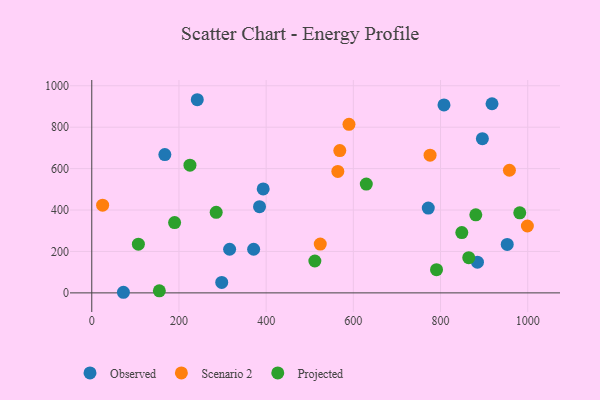
{"axis": {"x": "Engine Size", "y": "Yield"}, "legend": ["Observed", "Projected", "Scenario 2"], "data": [{"x": "316.2", "y": 210.7, "type": "Observed"}, {"x": "242.0", "y": 932.6, "type": "Observed"}, {"x": "771.9", "y": 409.3, "type": "Observed"}, {"x": "918.1", "y": 913.2, "type": "Observed"}, {"x": "298.1", "y": 50.7, "type": "Observed"}, {"x": "953.0", "y": 233.8, "type": "Observed"}, {"x": "384.8", "y": 416.1, "type": "Observed"}, {"x": "167.6", "y": 667.9, "type": "Observed"}, {"x": "807.9", "y": 907.5, "type": "Observed"}, {"x": "896.0", "y": 744.5, "type": "Observed"}, {"x": "371.3", "y": 210.6, "type": "Observed"}, {"x": "884.7", "y": 148.3, "type": "Observed"}, {"x": "393.2", "y": 501.8, "type": "Observed"}, {"x": "72.6", "y": 2.9, "type": "Observed"}, {"x": "590.0", "y": 814.0, "type": "Scenario 2"}, {"x": "568.9", "y": 687.2, "type": "Scenario 2"}, {"x": "564.4", "y": 586.6, "type": "Scenario 2"}, {"x": "958.0", "y": 592.1, "type": "Scenario 2"}, {"x": "776.0", "y": 664.7, "type": "Scenario 2"}, {"x": "524.1", "y": 235.7, "type": "Scenario 2"}, {"x": "24.9", "y": 423.3, "type": "Scenario 2"}, {"x": "999.2", "y": 322.8, "type": "Scenario 2"}, {"x": "880.9", "y": 376.8, "type": "Projected"}, {"x": "629.7", "y": 525.3, "type": "Projected"}, {"x": "848.8", "y": 291.0, "type": "Projected"}, {"x": "864.7", "y": 170.2, "type": "Projected"}, {"x": "790.8", "y": 112.2, "type": "Projected"}, {"x": "511.7", "y": 154.0, "type": "Projected"}, {"x": "981.7", "y": 386.7, "type": "Projected"}, {"x": "285.4", "y": 388.7, "type": "Projected"}, {"x": "225.2", "y": 616.4, "type": "Projected"}, {"x": "190.0", "y": 339.2, "type": "Projected"}, {"x": "106.9", "y": 235.3, "type": "Projected"}, {"x": "155.0", "y": 10.0, "type": "Projected"}]}